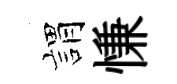
娟慊